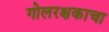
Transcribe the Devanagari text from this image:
गोलरक्षकाचा